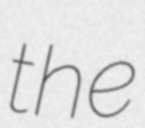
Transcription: the